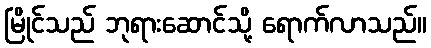
မြိုင်သည် ဘုရားဆောင်သို့ ရောက်လာသည်။